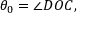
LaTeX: \theta _ { 0 } = \angle D O C ,